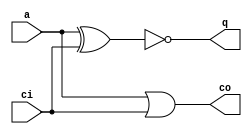
module j_hs1
(
	output q,
	output co,
	input a,
	input ci
);

// _DUPLO.NET (328) - q : en
assign q = ~(a ^ ci);

// _DUPLO.NET (329) - co : or2p
assign co = a | ci;
endmodule